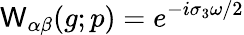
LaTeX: \mathsf{W}_{\alpha\beta}(g;p)=e^{-i\sigma_{3}\omega/2}